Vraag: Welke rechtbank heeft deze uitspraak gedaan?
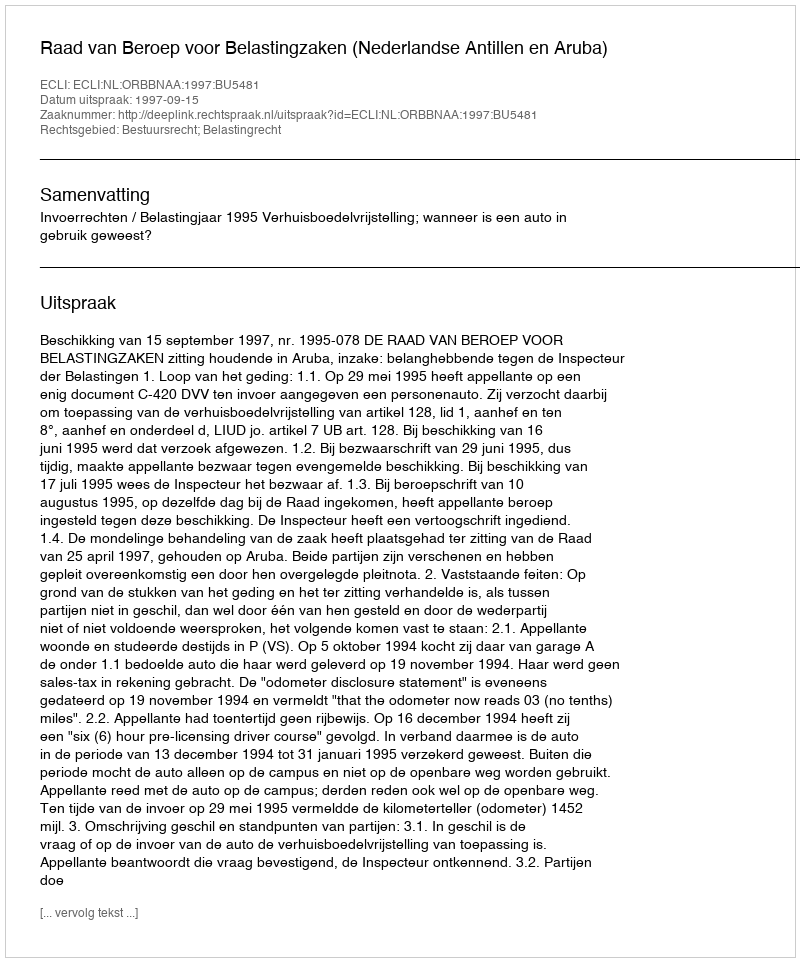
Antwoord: Raad van Beroep voor Belastingzaken (Nederlandse Antillen en Aruba)